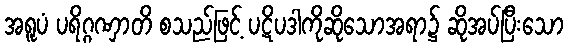
အရူပံ ပရိဂ္ဂဏှာတိ စသည်ဖြင့် ပဋိပဒါကိုဆိုသောအရာ၌ ဆိုအပ်ပြီးသော